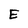
Character: E